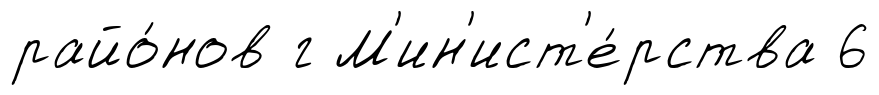
райо́нов г М'ин'ист'е́рства 6